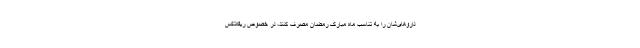
داروهای‌شان را به تناسب ماه مبارک رمضان مصرف کنند، در خصوص ریفلاکس